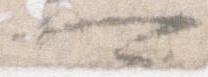
可